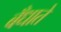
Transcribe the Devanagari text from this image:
बँधाते